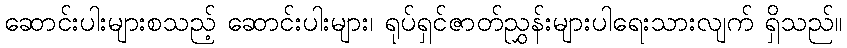
ဆောင်းပါးများစသည့် ဆောင်းပါးများ၊ ရုပ်ရှင်ဇာတ်ညွှန်းများပါရေးသားလျက် ရှိသည်။